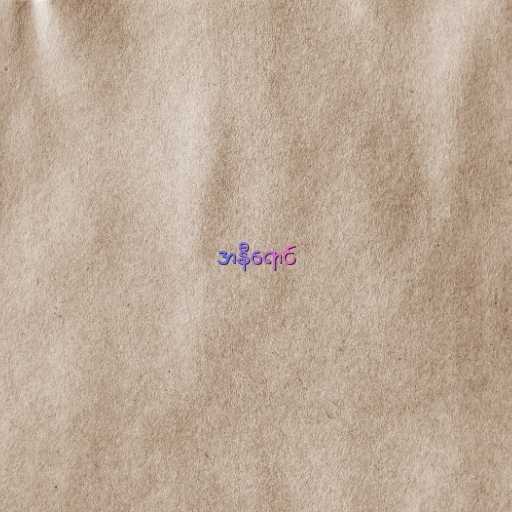
အနီရောင်